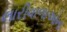
લારીવાળાઓના